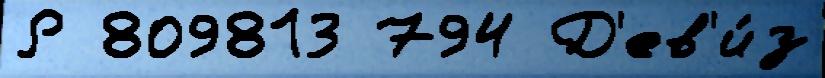
Р 809813 794 Д'ев'и́з